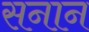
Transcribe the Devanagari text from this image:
सनान